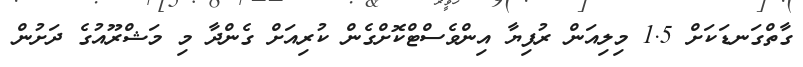
ގާތްގަނޑަކަށް 1.5 މިލިއަން ރުފިޔާ އިންވެސްޓްކޮށްގެން ކުރިއަށް ގެންދާ މި މަޝްރޫއުގެ ދަށުން